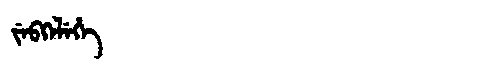
Manchu: ᠵᡝᠪᡴᡝᠯᡝᡥᡝ
Romanization: JEBKELEHE